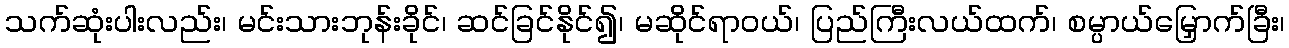
သက်ဆုံးပါးလည်း၊ မင်းသားဘုန်းခိုင်၊ ဆင်ခြင်နိုင်၍၊ မဆိုင်ရာဝယ်၊ ပြည်ကြီးလယ်ထက်၊ စမ္ပာယ်မြှောက်ခြီး၊